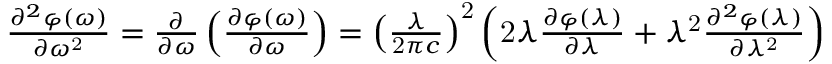
{ \begin{array} { l } { { \frac { { \partial } ^ { 2 } \varphi \mathrm { ( } \omega \mathrm { ) } } { \partial { \omega } ^ { \mathrm { 2 } } } } = { \frac { \partial } { \partial \omega } } \left( { \frac { \partial \varphi \mathrm { ( } \omega \mathrm { ) } } { \partial \omega } } \right) = { \left( { \frac { \lambda } { \mathrm { 2 } \pi c } } \right) } ^ { \mathrm { 2 } } \left( \mathrm { 2 } \lambda { \frac { \partial \varphi \mathrm { ( } \lambda \mathrm { ) } } { \partial \lambda } } + { \lambda } ^ { \mathrm { 2 } } { \frac { { \partial } ^ { 2 } \varphi \mathrm { ( } \lambda \mathrm { ) } } { \partial { \lambda } ^ { \mathrm { 2 } } } } \right) } \end{array} }